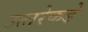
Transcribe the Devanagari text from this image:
उत्‍तरेकडे